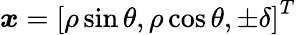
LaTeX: {\boldsymbol{x}}={[\rho\sin\theta,\rho\cos\theta,\pm\delta]}^{T}